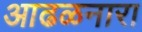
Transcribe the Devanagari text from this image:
आढळनारा